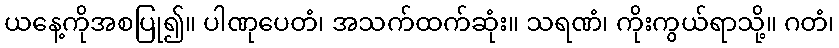
ယနေ့ကိုအစပြု၍။ ပါဏုပေတံ၊ အသက်ထက်ဆုံး။ သရဏံ၊ ကိုးကွယ်ရာသို့။ ဂတံ၊